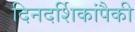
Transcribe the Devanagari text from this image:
दिनदर्शिकांपैकी